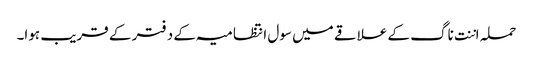
حملہ اننت ناگ کے علاقے میں سول انتظامیہ کے دفتر کے قریب ہوا۔